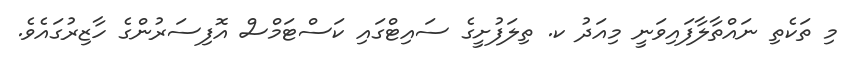
މި ތަކެތި ނައްތާލާފައިވަނީ މިއަދު ކ. ތިލަފުށީގެ ސައިޓްގައި ކަސްޓަމްސް އޮފިސަރުންގެ ހާޒިރުގައެވެ.